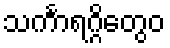
သင်္ကာရဂ္ဂိတွေဝ